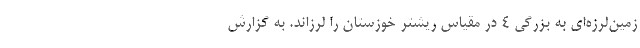
زمین‌لرزه‌ای به بزرگی 4 در مقیاس ریشتر خوزستان را لرزاند. به گزارش